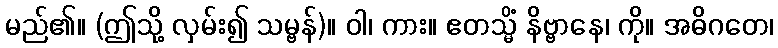
မည်၏။ (ဤသို့ လှမ်း၍ သမ္ဗန်)။ ဝါ၊ ကား။ ဧတသ္မိံ နိဗ္ဗာနေ၊ ကို။ အဓိဂတေ၊